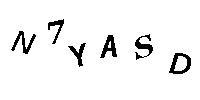
N7YASD